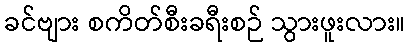
ခင်ဗျား စကိတ်စီးခရီးစဉ် သွားဖူးလား။